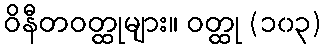
ဝိနီတဝတ္ထုများ။ ဝတ္ထု (၁၀၃)